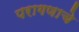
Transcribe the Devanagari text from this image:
परागणाचे